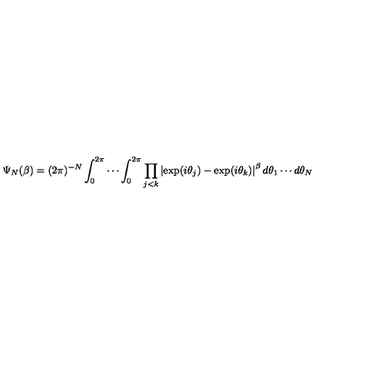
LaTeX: \Psi _ { N } ( \beta ) = ( 2 \pi ) ^ { - N } \int _ { 0 } ^ { 2 \pi } \cdots \int _ { 0 } ^ { 2 \pi } \prod _ { j < k } \left\vert \exp ( i \theta _ { j } ) - \exp ( i \theta _ { k } ) \right\vert ^ { \beta } d \theta _ { 1 } \cdots d \theta _ { N }